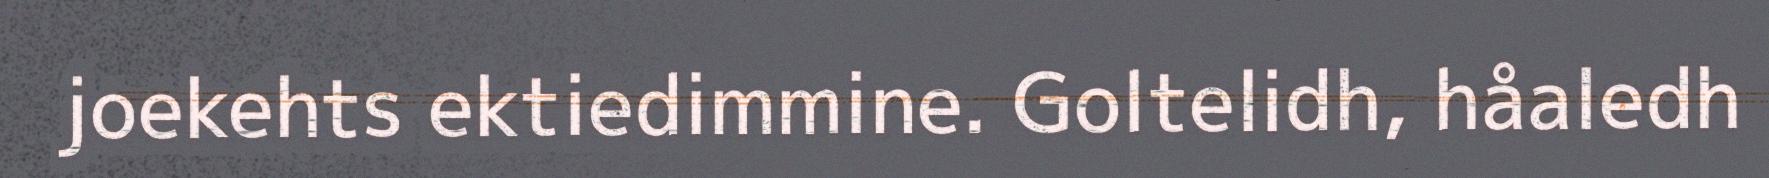
joekehts ektiedimmine. Goltelidh, håaledh